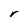
Character: r